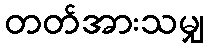
တတ်အားသမျှ